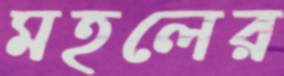
মহলের